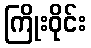
ကြိုးဝိုင်း